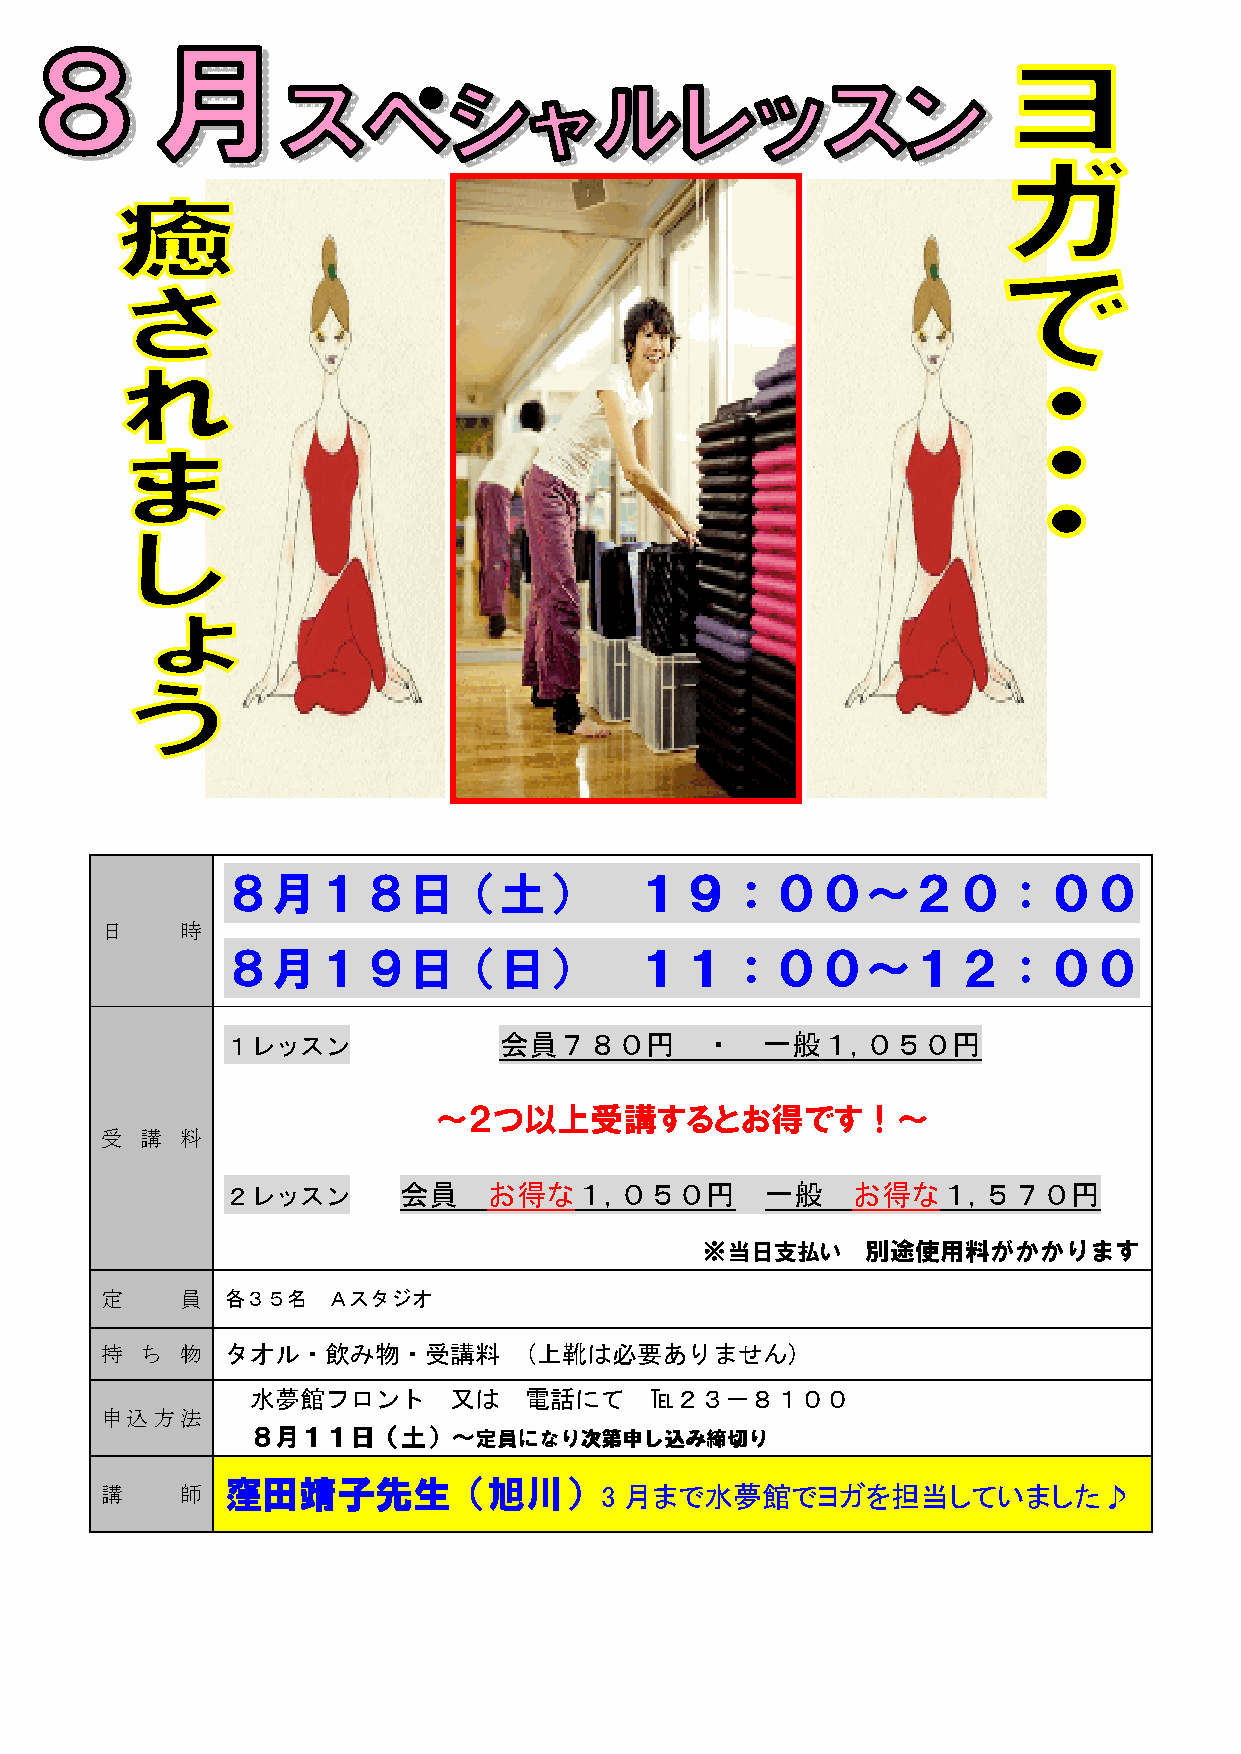
８８８８月月月月１１１１８８８８日日日日（（（（土土土土）））） １１１１９９９９：：：：００００００００～～～～２２２２００００：：：：００００００００
 日    時
 ８８８８月月月月１１１１９９９９日日日日（（（（日日日日）））） １１１１１１１１：：：：００００００００～～～～１１１１２２２２：：：：００００００００
 １レッスン             会員７８０円        ・  一般１,０５０円
 ～２つ以上受講するとお得です！～
 受 講  料
 ２レッスン      会員    お得な１,０５０円          一般   お得な１,５７０円
 ※当日支払い     別途使用料がかかります
 定    員  各３５名   Ａスタジオ
 持 ち  物  タオル・飲み物・受講料         (上靴は必要ありません)
 水夢館フロント      又は   電話にて    ℡２３－８１００
 申込方法
 ８８８８月月月月１１１１１１１１日日日日（（（（土土土土））））～～～～定定定定員員員員ににににななななりりりり次次次次第第第第申申申申しししし込込込込みみみみ締締締締切切切切りりりり
 窪窪窪窪田田田田靖靖靖靖子子子子先先先先生生生生（旭川）
 講    師                           3 月まで水夢館でヨガを担当していました♪